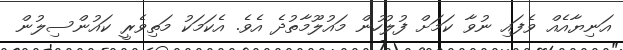
އަނިޔާއެއް ވެފައި ނުވާ ކަމަށް ފުލުހުން މައުލޫމާތުދެ އެވެ. އެކަމަކު މަތިވެރީ ކައުންސިލުން